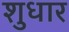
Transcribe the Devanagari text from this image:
शुधार